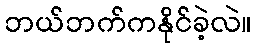
ဘယ်ဘက်ကနိုင်ခဲ့လဲ။